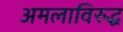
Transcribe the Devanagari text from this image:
अमलाविरुद्ध